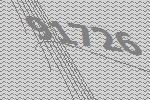
91726